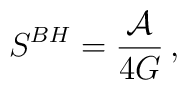
S^{BH}={{\cal A}\over 4G }  \, ,